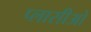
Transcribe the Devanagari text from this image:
प्लासीओ